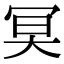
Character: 𠖇